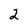
Character: 2